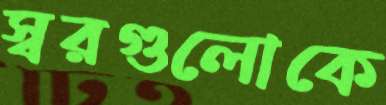
স্বরগুলোকে